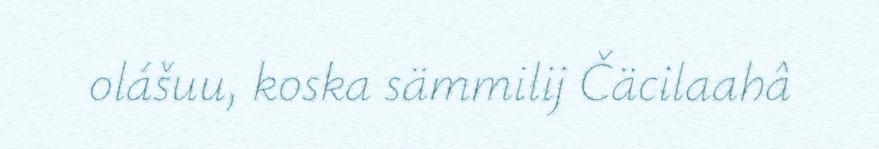
olášuu, koska sämmilij Čäcilaahâ